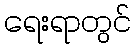
ရေးရာတွင်